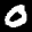
Label: 0